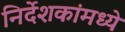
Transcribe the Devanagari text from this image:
निर्देशकांमध्ये